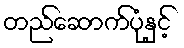
တည်ဆောက်ပုံနှင့်